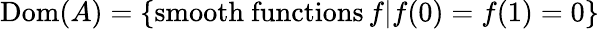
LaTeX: \operatorname{Dom}(A)=\left\{ {\mathrm{smooth~functions}}\, f|f(0)=f(1)=0\right\}